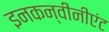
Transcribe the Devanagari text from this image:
इनकन्वीनीएंट